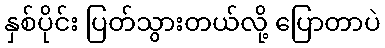
နှစ်ပိုင်း ပြတ်သွားတယ်လို့ ပြောတာပဲ